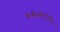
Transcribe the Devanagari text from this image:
०६२८६